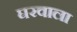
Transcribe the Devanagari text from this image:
घरवाला